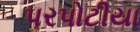
પરપોટીયા